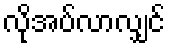
လိုအပ်လာလျှင်